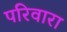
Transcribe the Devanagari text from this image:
परिवारा